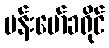
ဗန်းမော်ခရိုင်